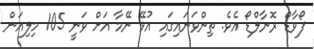
ފޯވާޑް ރޮނާލްޑޯ އެވެ. ތިންވަނައިގައި އުޅޭ ނޭމާ އަށް ވަނީ 105 މިލިއަން